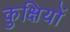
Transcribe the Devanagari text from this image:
कुक्षियों